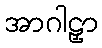
အာဂါဠှာ